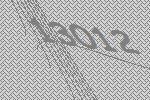
13012